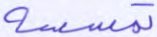
تمسسه